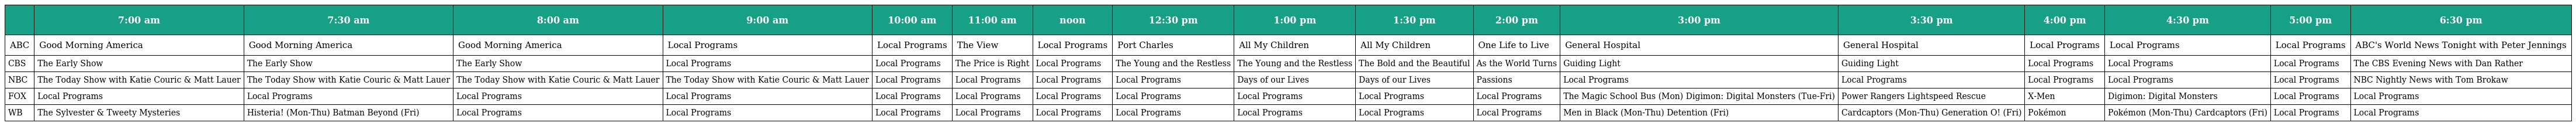
|  | 7:00 am | 7:30 am | 8:00 am | 9:00 am | 10:00 am | 11:00 am | noon | 12:30 pm | 1:00 pm | 1:30 pm | 2:00 pm | 3:00 pm | 3:30 pm | 4:00 pm | 4:30 pm | 5:00 pm | 6:30 pm |
 | --- | --- | --- | --- | --- | --- | --- | --- | --- | --- | --- | --- | --- | --- | --- | --- | --- | --- |
 | ABC | Good Morning America | Good Morning America | Good Morning America | Local Programs | Local Programs | The View | Local Programs | Port Charles | All My Children | All My Children | One Life to Live | General Hospital | General Hospital | Local Programs | Local Programs | Local Programs | ABC's World News Tonight with Peter Jennings |
 | CBS | The Early Show | The Early Show | The Early Show | Local Programs | Local Programs | The Price is Right | Local Programs | The Young and the Restless | The Young and the Restless | The Bold and the Beautiful | As the World Turns | Guiding Light | Guiding Light | Local Programs | Local Programs | Local Programs | The CBS Evening News with Dan Rather |
 | NBC | The Today Show with Katie Couric & Matt Lauer | The Today Show with Katie Couric & Matt Lauer | The Today Show with Katie Couric & Matt Lauer | The Today Show with Katie Couric & Matt Lauer | Local Programs | Local Programs | Local Programs | Local Programs | Days of our Lives | Days of our Lives | Passions | Local Programs | Local Programs | Local Programs | Local Programs | Local Programs | NBC Nightly News with Tom Brokaw |
 | FOX | Local Programs | Local Programs | Local Programs | Local Programs | Local Programs | Local Programs | Local Programs | Local Programs | Local Programs | Local Programs | Local Programs | The Magic School Bus (Mon) Digimon: Digital Monsters (Tue-Fri) | Power Rangers Lightspeed Rescue | X-Men | Digimon: Digital Monsters | Local Programs | Local Programs |
 | WB | The Sylvester & Tweety Mysteries | Histeria! (Mon-Thu) Batman Beyond (Fri) | Local Programs | Local Programs | Local Programs | Local Programs | Local Programs | Local Programs | Local Programs | Local Programs | Local Programs | Men in Black (Mon-Thu) Detention (Fri) | Cardcaptors (Mon-Thu) Generation O! (Fri) | Pokémon | Pokémon (Mon-Thu) Cardcaptors (Fri) | Local Programs | Local Programs |